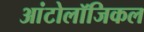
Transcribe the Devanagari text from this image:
आंटोलॉजिकल